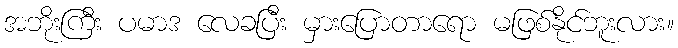
အဘိုးကြီး ပမာဒ လေခပြီး မှားပြောတာရော မဖြစ်နိုင်ဘူးလား။